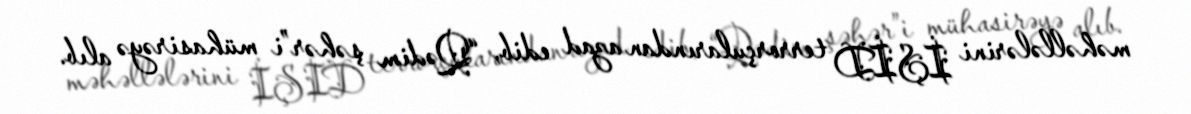
məhəllələrini İŞİD terrorçularından azad edib, “Qədim şəhər”i mühasirəyə alıb.